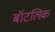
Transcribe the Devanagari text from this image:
बॉटलिक